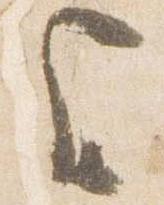
上